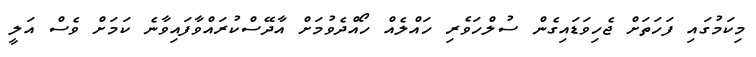
މިކަމުގައި ފަހަތަށް ޖެހިވަޑައިގެން ސުލްހަވެރި ހައްލެއް ހޯއްދެވުމަށް އާދޭސްކުރައްވާފައިވާނެ ކަމަށް ވެސް އަލީ